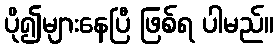
ပို၍များနေပြီ ဖြစ်ရ ပါမည်။